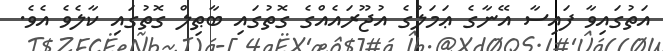
އަތުގައިވާ ފައިސާ އޭނާގެ ޢަމަލުގެ އުޖޫރައެއްގެ ގޮތުގައި ބާޠިލް ގޮތުގައި ކާލެވެ އެވެ.